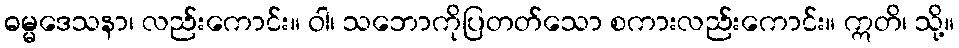
ဓမ္မဒေသနာ၊ လည်းကောင်း။ ဝါ၊ သဘောကိုပြတတ်သော စကားလည်းကောင်း။ ဣတိ၊ သို့။